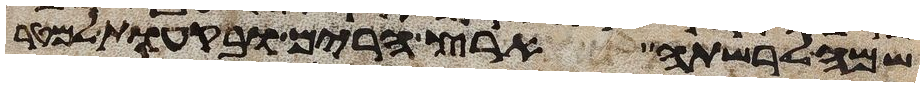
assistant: שמה לרשתה ארץ הרים ובקעות למטר